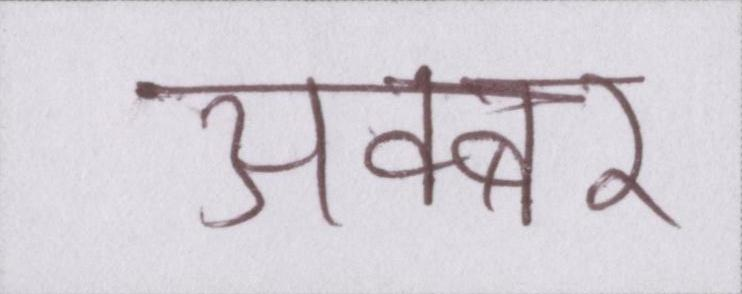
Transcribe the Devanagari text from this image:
अक्बर